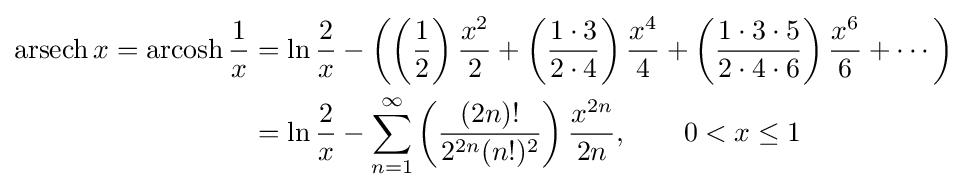
{\begin{aligned}\operatorname {arsech} x=\operatorname {arcosh} {\frac {1}{x}}&=\ln {\frac {2}{x}}-\left(\left({\frac {1}{2}}\right){\frac {x^{2}}{2}}+\left({\frac {1\cdot 3}{2\cdot 4}}\right){\frac {x^{4}}{4}}+\left({\frac {1\cdot 3\cdot 5}{2\cdot 4\cdot 6}}\right){\frac {x^{6}}{6}}+\cdots \right)\\&=\ln {\frac {2}{x}}-\sum _{n=1}^{\infty }\left({\frac {(2n)!}{2^{2n}(n!)^{2}}}\right){\frac {x^{2n}}{2n}},\qquad 0<x\leq 1\end{aligned}}